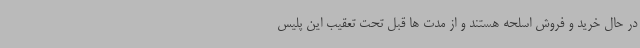
در حال خرید و فروش اسلحه هستند و از مدت ها قبل تحت تعقیب این پلیس